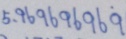
5 . 9 6 9 6 9 6 9 6 9